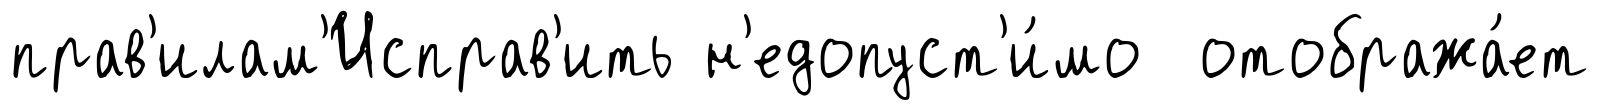
прав'илам'Исправ'ить н'едопуст'и́мо отобража́ет